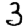
Digit: 3